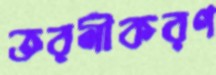
তরলীকরণ